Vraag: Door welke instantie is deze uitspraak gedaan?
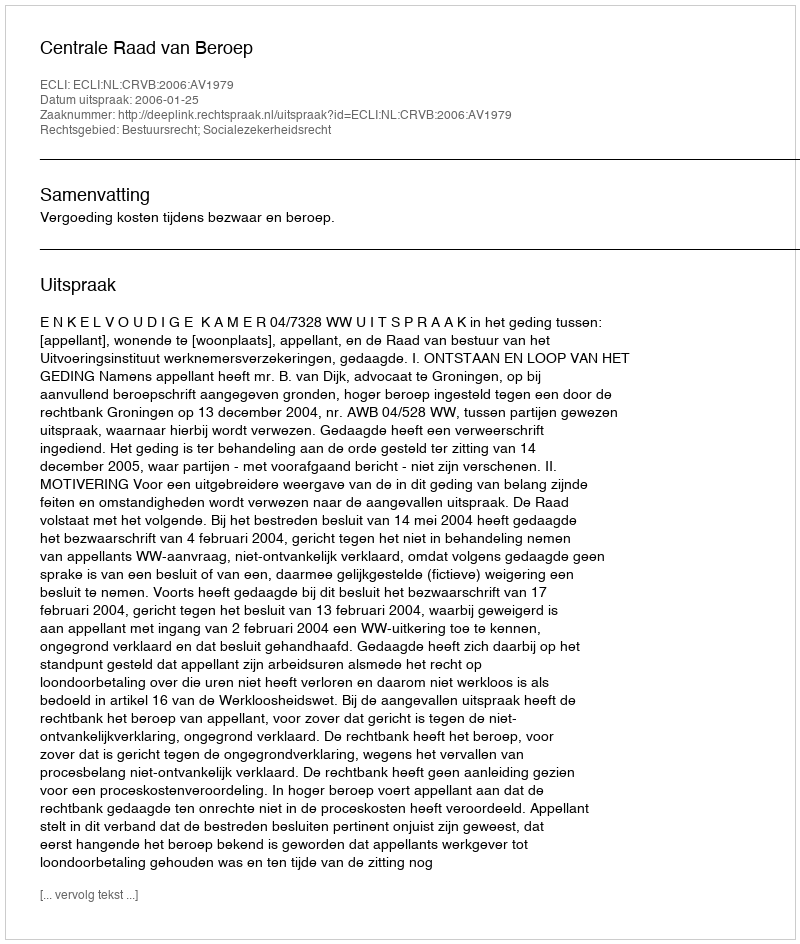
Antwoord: Centrale Raad van Beroep